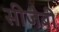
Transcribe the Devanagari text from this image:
सीजेबी